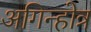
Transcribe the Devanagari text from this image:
अगिन्होत्र